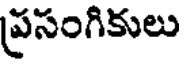
ప్రసంగికులు